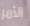
الأمر